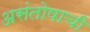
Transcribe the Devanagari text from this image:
असंतोषाची